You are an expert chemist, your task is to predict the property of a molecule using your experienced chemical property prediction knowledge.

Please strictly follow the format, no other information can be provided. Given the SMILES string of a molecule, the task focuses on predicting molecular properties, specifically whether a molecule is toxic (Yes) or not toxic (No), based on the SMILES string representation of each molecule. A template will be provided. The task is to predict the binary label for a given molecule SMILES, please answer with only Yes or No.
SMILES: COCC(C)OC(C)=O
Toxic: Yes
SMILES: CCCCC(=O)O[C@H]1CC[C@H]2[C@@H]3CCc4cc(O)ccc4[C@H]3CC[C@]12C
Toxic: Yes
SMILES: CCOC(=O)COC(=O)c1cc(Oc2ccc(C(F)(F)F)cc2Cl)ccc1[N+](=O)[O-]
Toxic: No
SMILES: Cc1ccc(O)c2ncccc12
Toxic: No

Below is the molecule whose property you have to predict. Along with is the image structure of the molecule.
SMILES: CCC(Cl)CCC(Cl)C(Cl)CC(Cl)C(Cl)C(Cl)CCl
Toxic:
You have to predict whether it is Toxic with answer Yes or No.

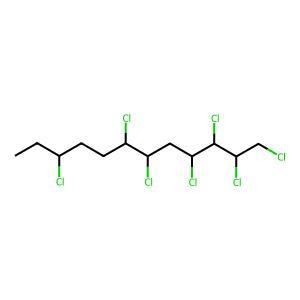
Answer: No